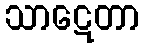
သာဋေတာ